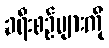
ခရီးစဉ်များကို